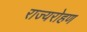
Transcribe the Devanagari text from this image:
राज्यरोहण